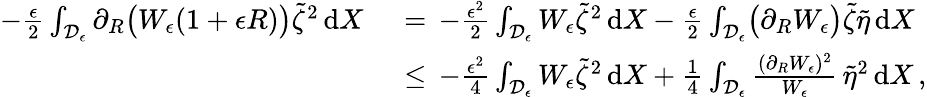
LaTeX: \begin{array}{rl}{-\frac{\epsilon}{2}\int_{\mathcal{D}_{\epsilon}}\partial_{R}\bigl(W_{\epsilon}(1+\epsilon R)\bigr)\tilde{\zeta}^{2}\, \mathrm{d}X\, }&{{}=\, -\frac{\epsilon^{2}}{2}\int_{\mathcal{D}_{\epsilon}}W_{\epsilon}\tilde{\zeta}^{2}\, \mathrm{d}X-\frac{\epsilon}{2}\int_{\mathcal{D}_{\epsilon}}\bigl(\partial_{R}W_{\epsilon}\bigr)\tilde{\zeta}\tilde{\eta}\, \mathrm{d}X}\\ {\, }&{{}\le\, -\frac{\epsilon^{2}}{4}\int_{\mathcal{D}_{\epsilon}}W_{\epsilon}\tilde{\zeta}^{2}\, \mathrm{d}X+\frac{1}{4}\int_{\mathcal{D}_{\epsilon}}\frac{(\partial_{R}W_{\epsilon})^{2}}{W_{\epsilon}}\, \tilde{\eta}^{2}\, \mathrm{d}X\, ,}\end{array}